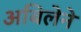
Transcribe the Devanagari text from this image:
अबिलेने